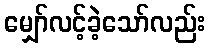
မျှော်လင့်ခဲ့သော်လည်း